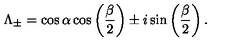
\Lambda _ { \pm } = \cos \alpha \cos \left( \frac { \beta } { 2 } \right) \pm i \sin \left( \frac { \beta } { 2 } \right) .